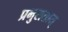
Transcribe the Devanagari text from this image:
प्रभुसत्तात्